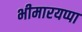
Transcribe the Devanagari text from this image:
भीमारयप्पा